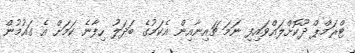
ޓްރަމްޕް ދޫކޮށްލައްވައިފި ނަމަ ޗައިނާއިން އެކަމުގެ ބަދަލު ހިފާނެ ކަމަށް އެ ގައުމުން